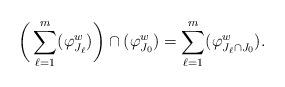
LaTeX: \begin{align*}\bigg(\sum_{\ell=1}^m(\varphi_{J_\ell}^w)\bigg)\cap(\varphi_{J_0}^w) = \sum_{\ell=1}^m(\varphi_{J_\ell\cap J_0}^w).\end{align*}